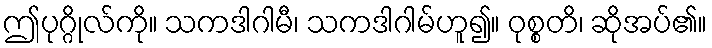
ဤပုဂ္ဂိုလ်ကို။ သကဒါဂါမီ၊ သကဒါဂါမ်ဟူ၍။ ဝုစ္စတိ၊ ဆိုအပ်၏။